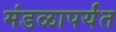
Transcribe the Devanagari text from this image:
मंडळापर्यंत